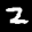
Label: 2